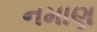
નમાણ